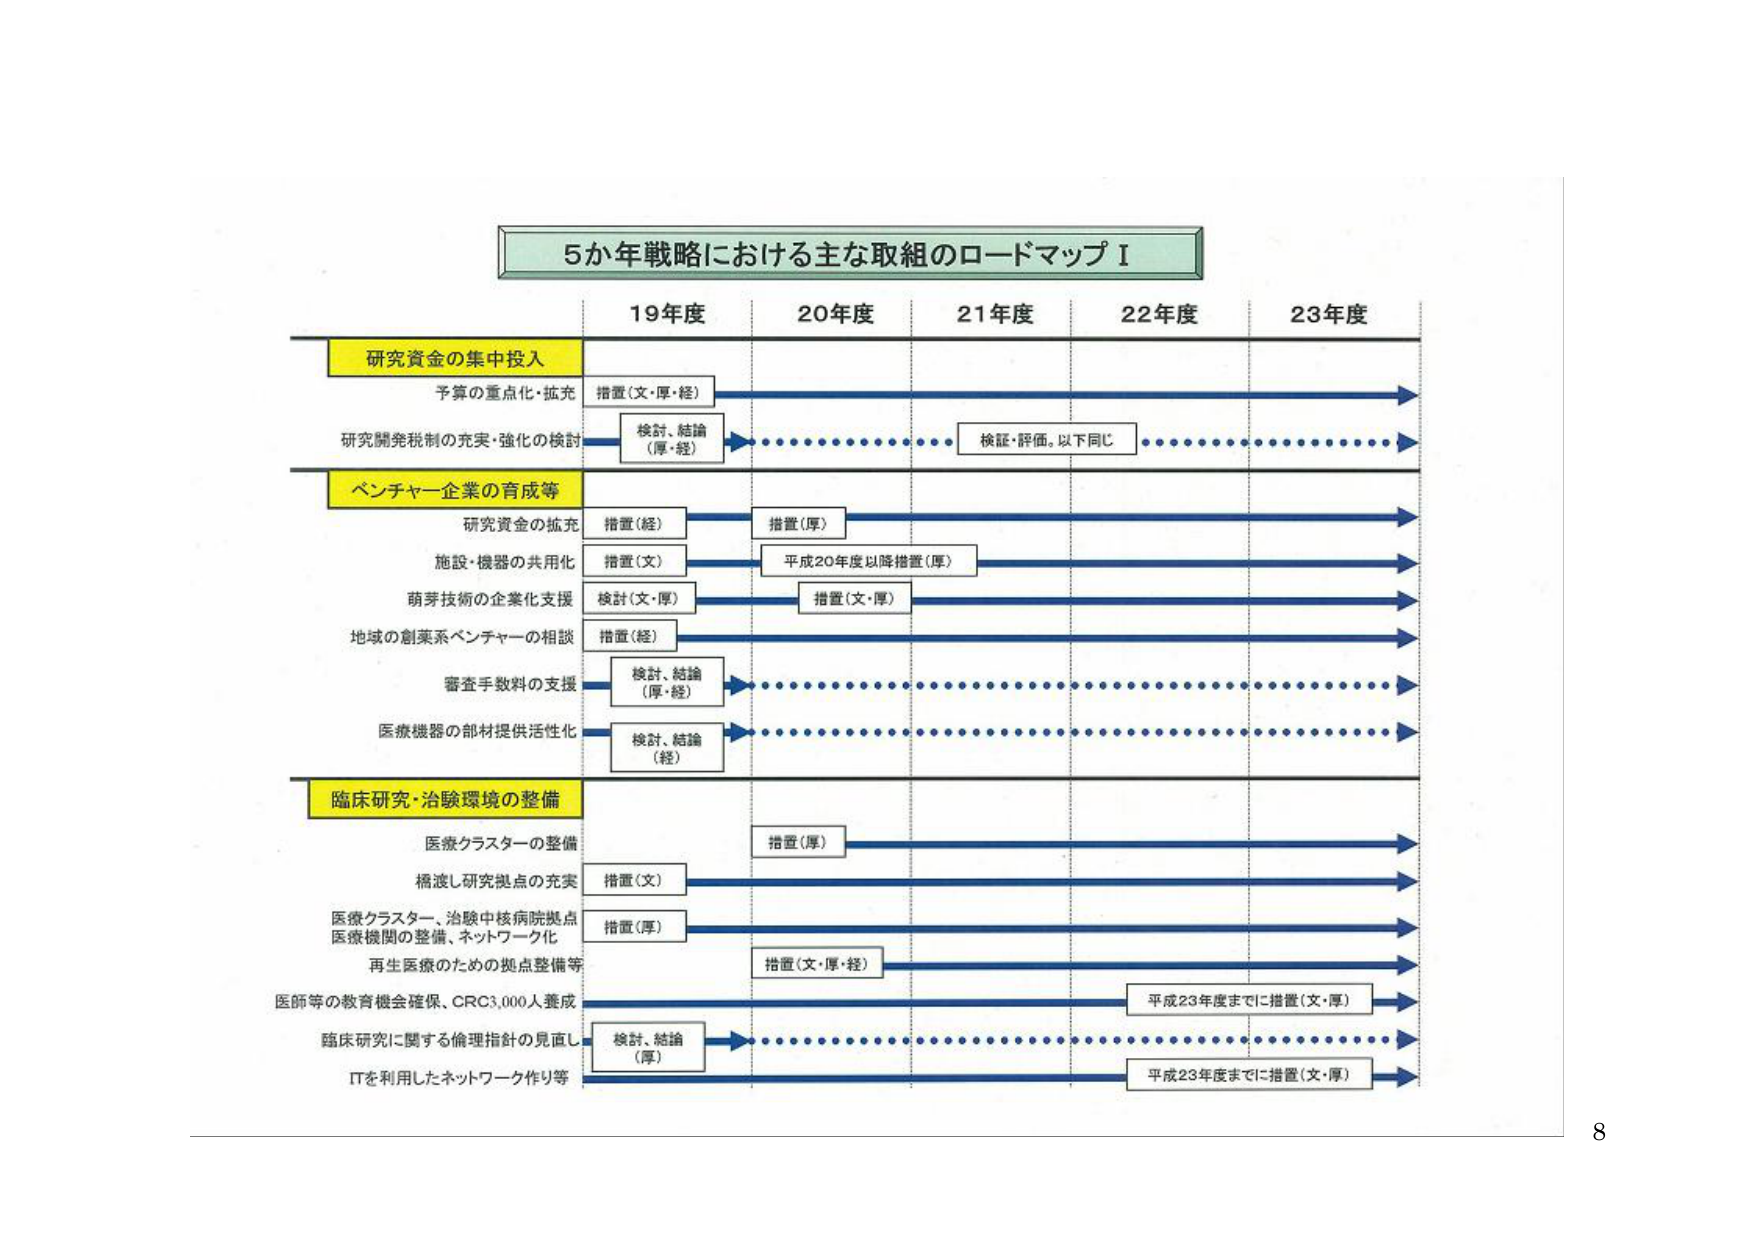
5か年戦略における主な取組のロードマップⅠ

19年度　20年度　21年度　22年度　23年度

研究資金の集中投入
　予算の重点化・拡充　措置（文・厚・経）
　研究開発税制の充実・強化の検討　検討、結論（厚・経）　検証・評価、以下同じ

ベンチャー企業の育成等
　研究資金の拡充　措置（経）　措置（厚）
　施設・機器の共用化　措置（文）　平成20年度以降措置（厚）
　萌芽技術の企業化支援　検討（文・厚）　措置（文・厚）
　地域の創業系ベンチャーの相談　措置（経）
　審査手数料の支援　検討、結論（厚・経）
　医療機器の部材提供活性化　検討、結論（経）

臨床研究・治験環境の整備
　医療クラスターの整備　措置（厚）
　橋渡し研究拠点の充実　措置（文）
　医療クラスター、治験中核病院拠点医療機関の整備、ネットワーク化　措置（厚）
　再生医療のための拠点整備等　措置（文・厚・経）
　医師等の教育機会確保、CRC3,000人養成　平成23年度までに措置（文・厚）
　臨床研究に関する倫理指針の見直し　検討、結論（厚）
　ITを利用したネットワーク作り等　平成23年度までに措置（文・厚）

8